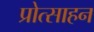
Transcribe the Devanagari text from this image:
प्रोत्साहन